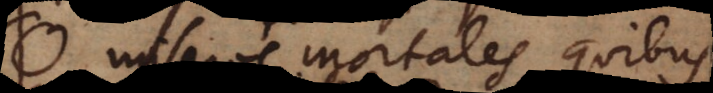
O miseros mortales, quibu